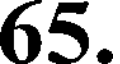
65.